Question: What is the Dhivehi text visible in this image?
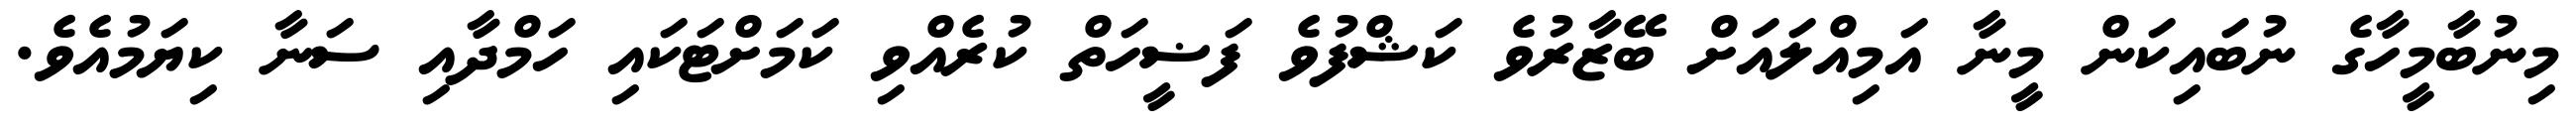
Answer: މިނުބާމީހާގެ ނުބައިކަން މީނާ އަމިއްލައަށް ބޭޒާރުވެ ކަޝްފުވެ ފަޟީހަތް ކުރެއްވި ކަމަށްޓަކައި ހަމްދާއި ސަނާ ކިޔަމުއެވެ.